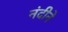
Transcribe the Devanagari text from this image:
नंदीने